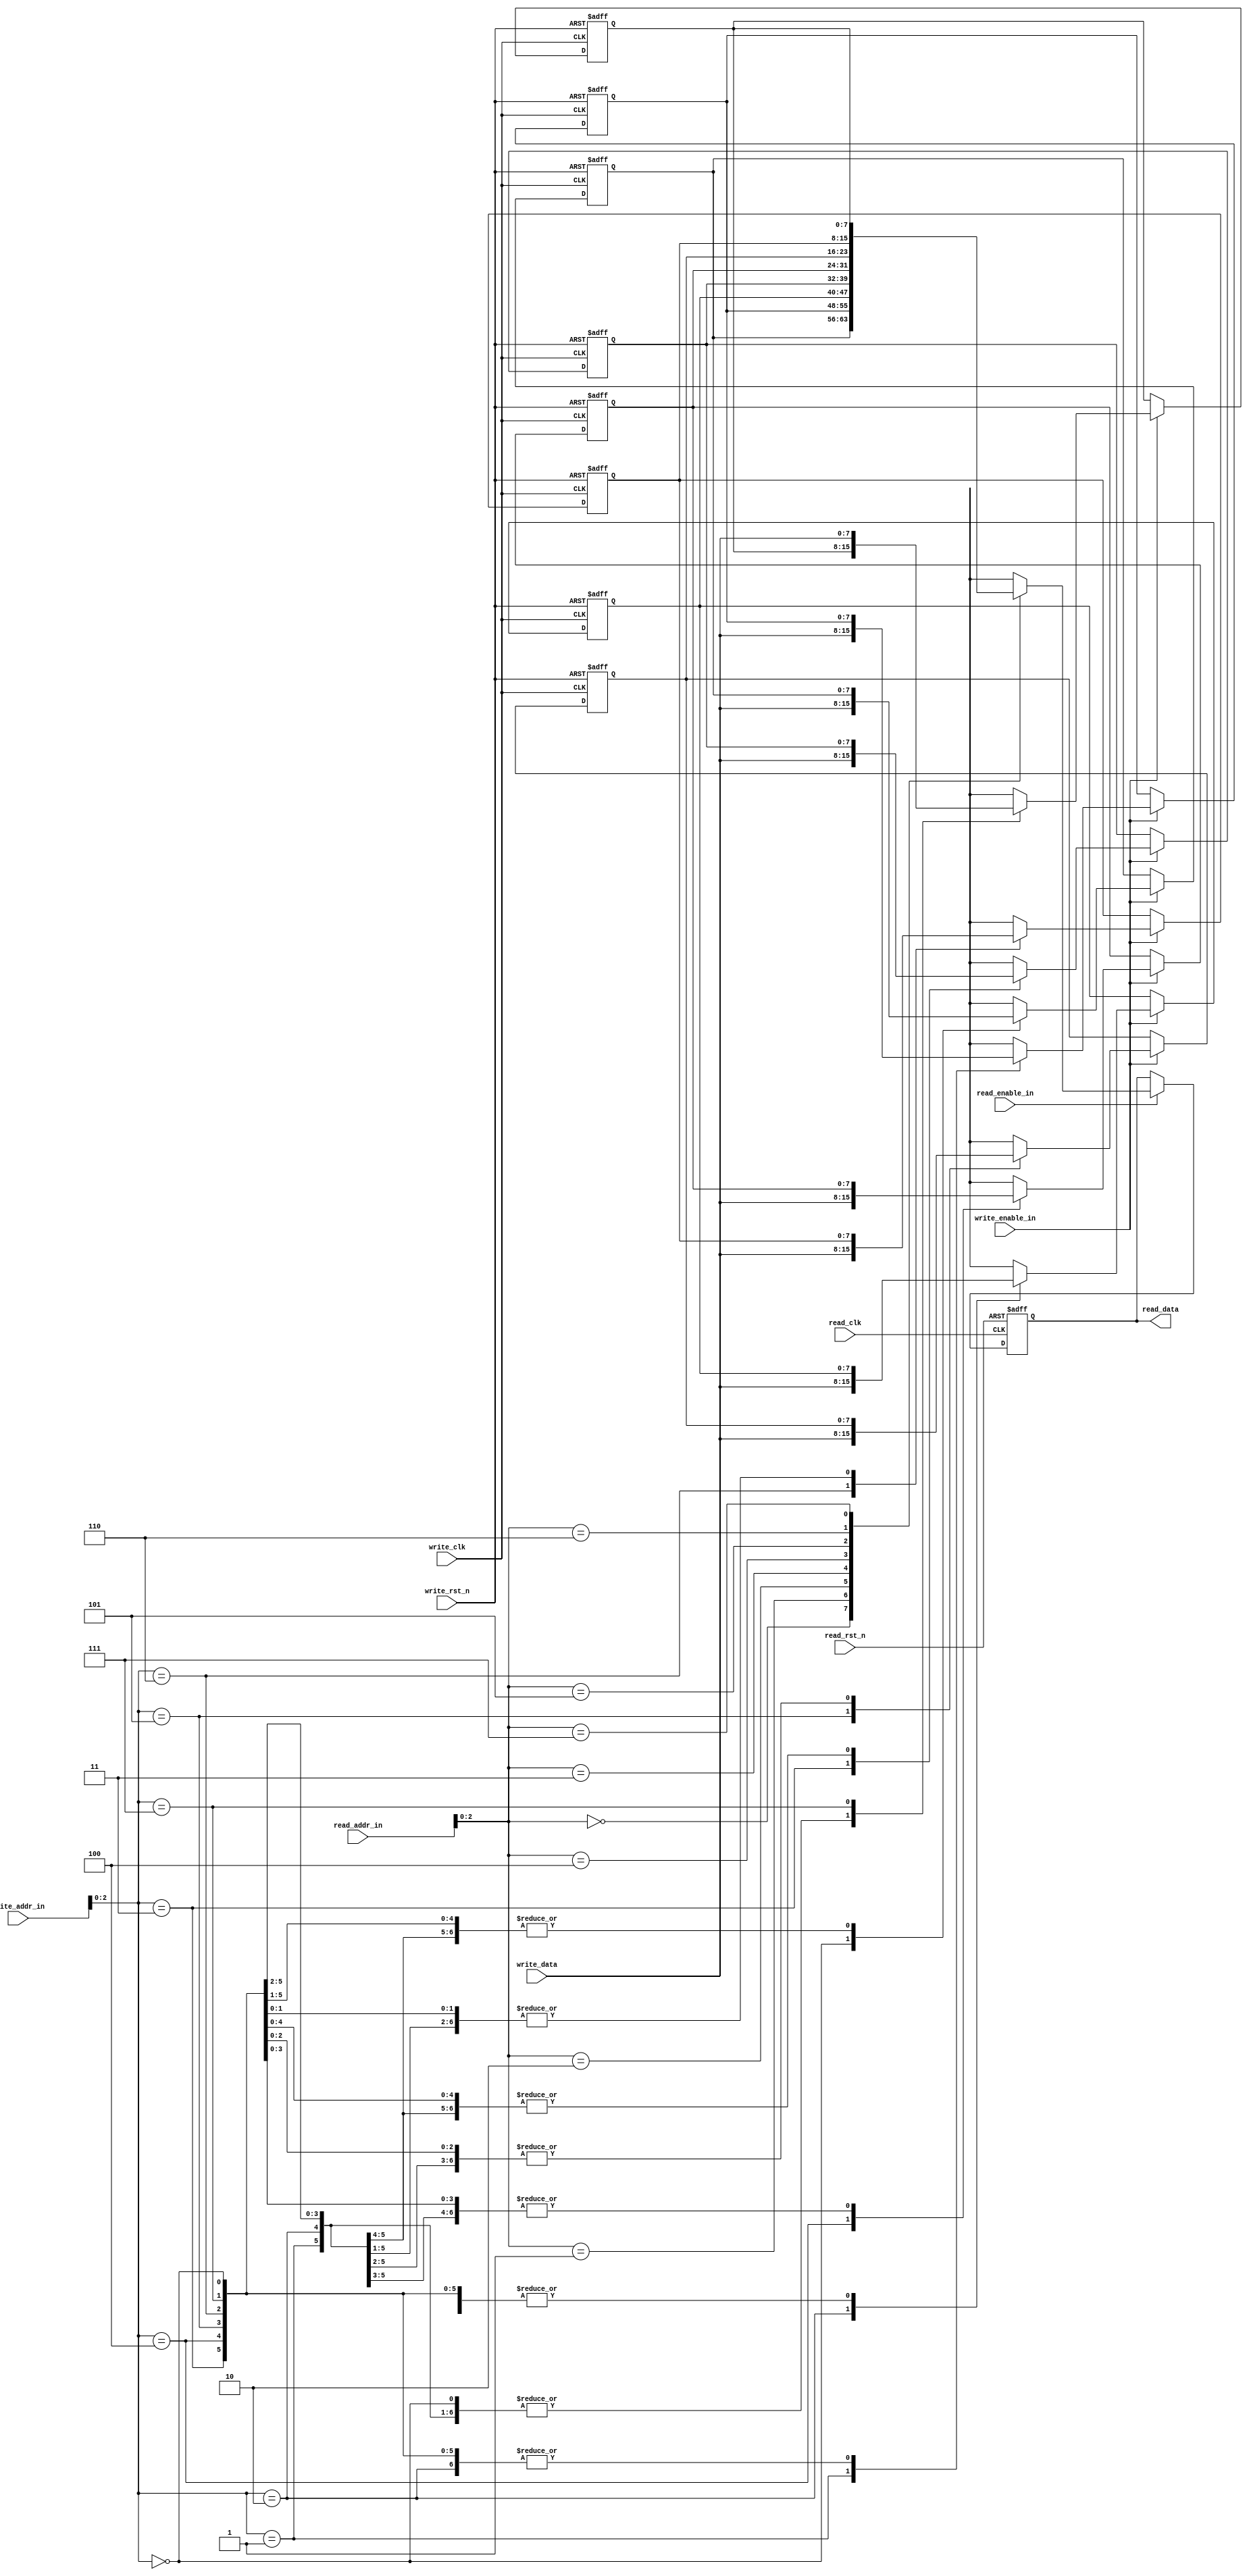
`timescale 1ns / 1ps

////////////////////////////////////////////////////////////////////////////
//
// Munya Kaudani
// CDC FIFO memory module
//
////////////////////////////////////////////////////////////////////////////

module fifo_memory(
		input wire       read_clk,
		input wire       write_clk,
		input wire       read_rst_n,
		input wire       write_rst_n,
		input wire [7:0] write_data,
		input wire [3:0] write_addr_in,
		input wire       write_enable_in,
		input wire [3:0] read_addr_in,
		input wire       read_enable_in,
		output reg [7:0] read_data
	);

//internal registers
reg [7:0]	fifo_data_current[0:7];

//internal combinational variables
reg [7:0]   	fifo_data_next[0:7];
reg [7:0]       read_data_next;

//loop variables
integer		i;
integer		j;
  
		
//sequential logic
  always @(posedge write_clk or negedge write_rst_n)
    begin
      if(write_rst_n == 1'b0)begin
	  for(i = 0; i <= 7; i = i + 1)begin
	    fifo_data_current[i] <= 8'h00;
	  end
      end else begin
	  for(i = 0; i <= 7; i = i + 1)begin
	    fifo_data_current[i] <= fifo_data_next[i];
	  end
      end // else: !if(rst_n == 1'b0)
    end // always @ (posedge clk or negedge rst_n)
  
  always @(posedge read_clk or negedge read_rst_n)
    begin
       if(read_rst_n == 1'b0)begin
          read_data <= 8'h00;
       end else begin
          read_data <= read_data_next;
       end 
    end

 always @(*)
   begin
   
      read_data_next = read_data;

      for(j = 0; j <= 7; j = j + 1)begin
	fifo_data_next[j] = fifo_data_current[j];
      end

      if(write_enable_in == 1'b1)begin
	fifo_data_next[write_addr_in[2:0]] = write_data;
      end

      if(read_enable_in == 1'b1)begin
	 read_data_next = fifo_data_current[read_addr_in[2:0]];
      end

   end // always @ (*)

endmodule // fifo_memory